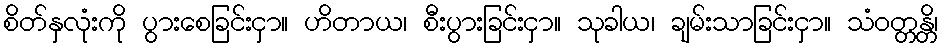
စိတ်နှလုံးကို ပွားစေခြင်းငှာ။ ဟိတာယ၊ စီးပွားခြင်းငှာ။ သုခါယ၊ ချမ်းသာခြင်းငှာ။ သံဝတ္တန္တိ၊